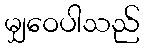
မျှဝေပါသည်